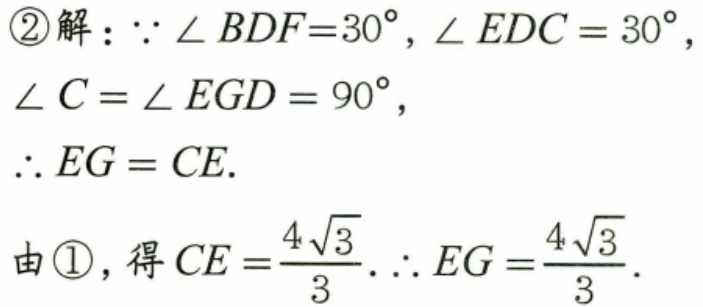
\begin{enumerate}
\item[\textcircled{2}]解：$\because \angle BDF = 30^{\circ}, \angle EDC = 30^{\circ}, \angle C=\angle EGD = 90^{\circ},$
$\therefore EG = CE.$
由\textcircled{1}，得$CE=\dfrac{4\sqrt{3}}{3}.\therefore EG=\dfrac{4\sqrt{3}}{3}.$
\end{enumerate}